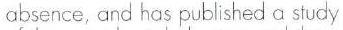
absence, and has published a study